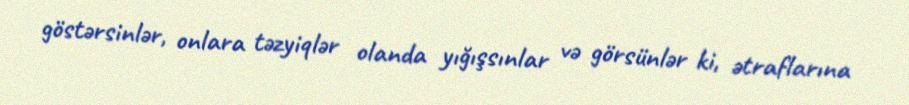
göstərsinlər, onlara təzyiqlər olanda yığışsınlar və görsünlər ki, ətraflarına